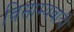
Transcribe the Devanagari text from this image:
विसाम्यवादी